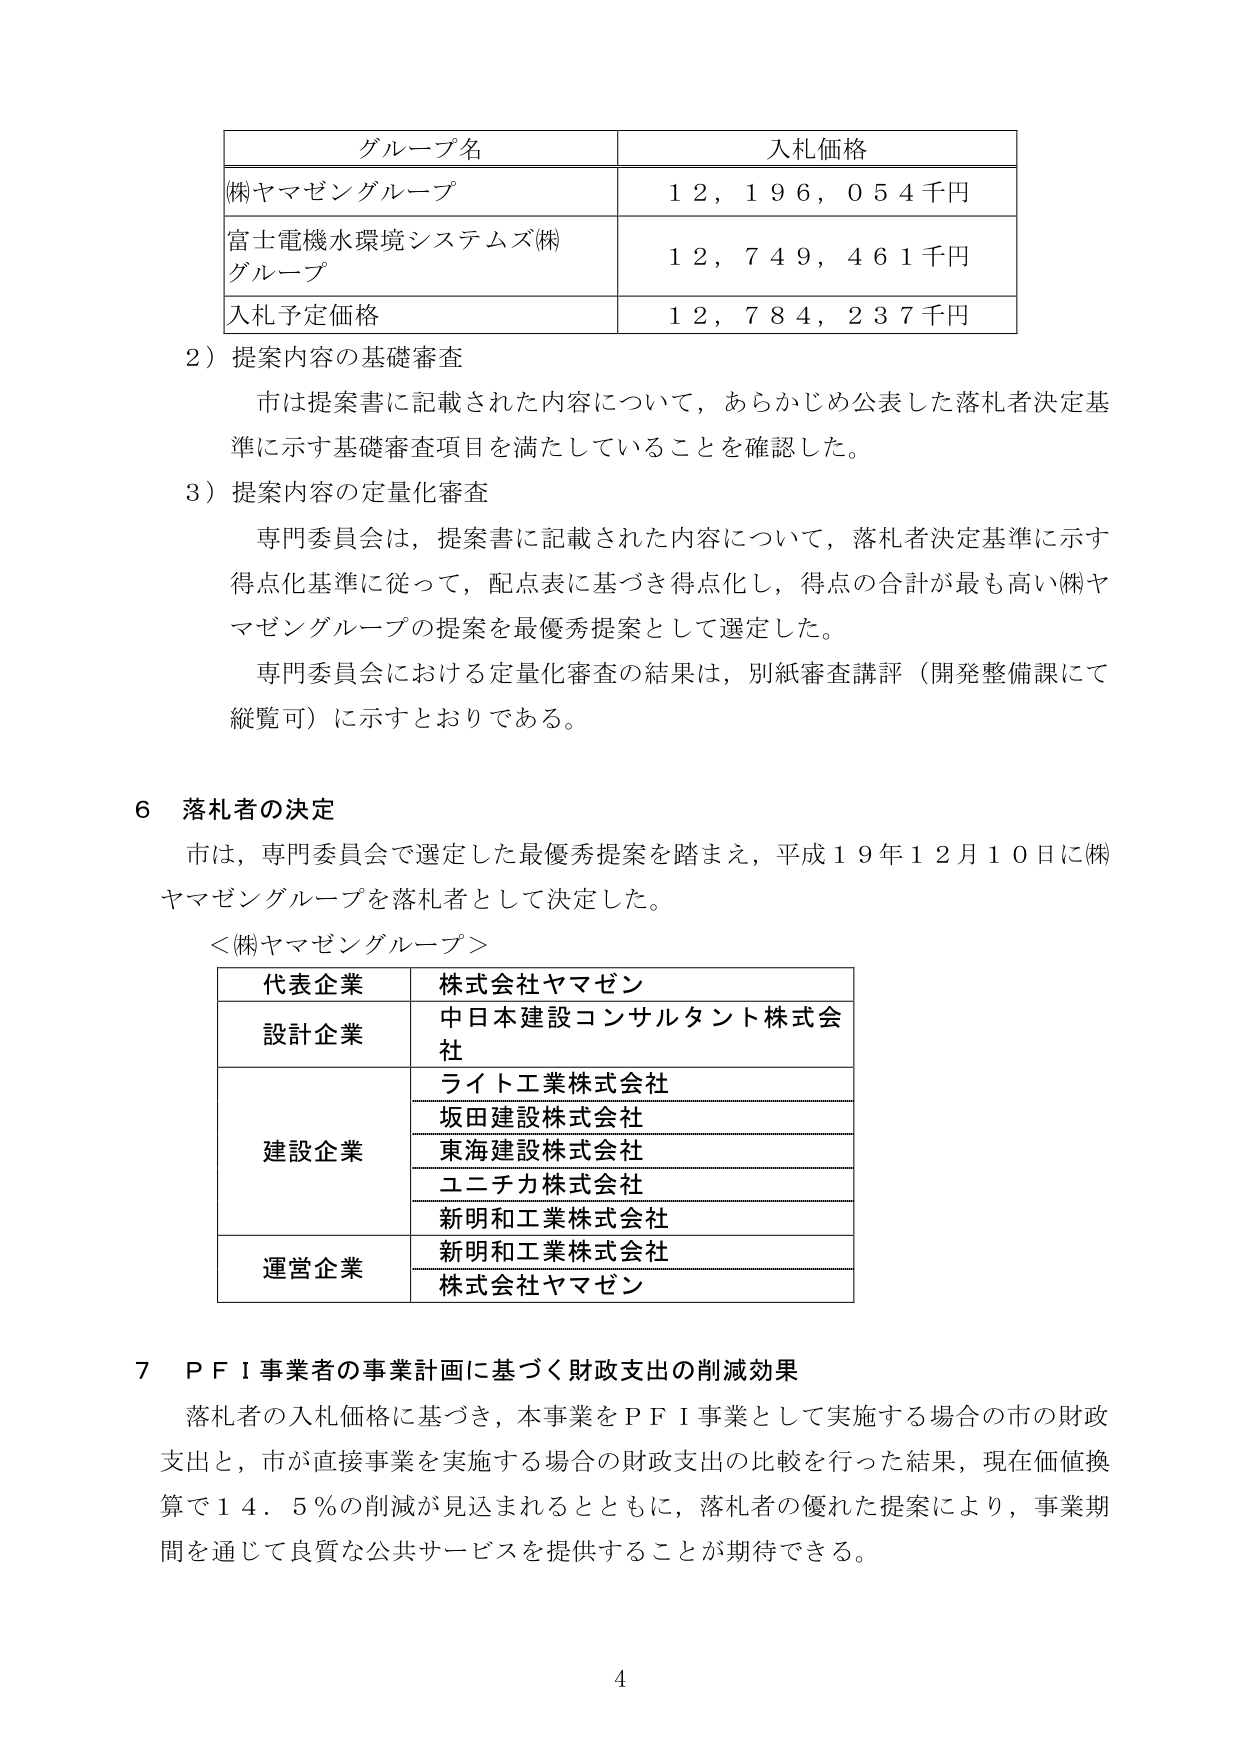
グループ名 入札価格
(株)ヤマゼングループ 12,196,054千円
富士電機水環境システムズ(株) グループ 12,749,461千円
入札予定価格 12,784,237千円

2）提案内容の基礎審査
市は提案書に記載された内容について、あらかじめ公表した落札者決定基準に示す基礎審査項目を満たしていることを確認した。

3）提案内容の定量化審査
専門委員会は、提案書に記載された内容について、落札者決定基準に示す得点化基準に従って、配点表に基づき得点化し、得点の合計が最も高い(株)ヤマゼングループの提案を最優秀提案として選定した。
専門委員会における定量化審査の結果は、別紙審査講評（開発整備課にて縦覧可）に示すとおりである。

6 落札者の決定
市は、専門委員会で選定した最優秀提案を踏まえ、平成19年12月10日に(株)ヤマゼングループを落札者として決定した。

＜(株)ヤマゼングループ＞
代表企業 株式会社ヤマゼン
設計企業 中日本建設コンサルタント株式会社
建設企業 ライト工業株式会社
坂田建設株式会社
東海建設株式会社
ユニチカ株式会社
新明和工業株式会社
運営企業 新明和工業株式会社
株式会社ヤマゼン

7 PFI事業者の事業計画に基づく財政支出の削減効果
落札者の入札価格に基づき、本事業をPFI事業として実施する場合の市の財政支出と、市が直接事業を実施する場合の財政支出の比較を行った結果、現在価値換算で14.5％の削減が見込まれるとともに、落札者の優れた提案により、事業期間を通じて良質な公共サービスを提供することが期待できる。

4